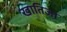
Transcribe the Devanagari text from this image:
खातिजा